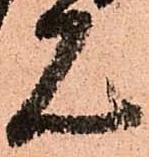
見